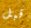
قبل